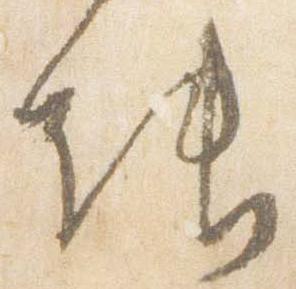
能